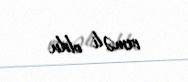
etməli oldu.